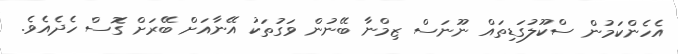
އެހެންކަމުން ސްކޫލުގަޑިތައް ނޫނަސް ޒިމްނާ ބޭނުން ވަގުތަކު އޭނާއަށް ބޭރަށް ގޮސް ހެދެއެވެ.